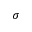
\sigma